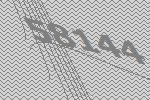
58144